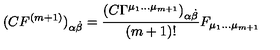
( C { F } ^ { ( m + 1 ) } ) _ { \alpha { \dot { \beta } } } = \frac { \left( C \Gamma ^ { { \mu _ { 1 } } \dots { \mu } _ { m + 1 } } \right) _ { \alpha { \dot { \beta } } } } { ( m + 1 ) ! } F _ { \mu _ { 1 } \dots \mu _ { m + 1 } }